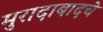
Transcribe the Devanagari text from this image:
मुरादाबादचे